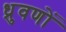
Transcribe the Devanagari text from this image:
ध्रुवणों